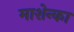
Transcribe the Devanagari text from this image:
माशेन्का